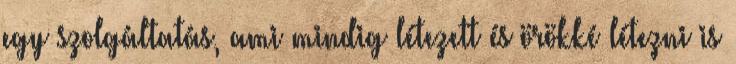
egy szolgáltatás, ami mindig létezett és örökké létezni is